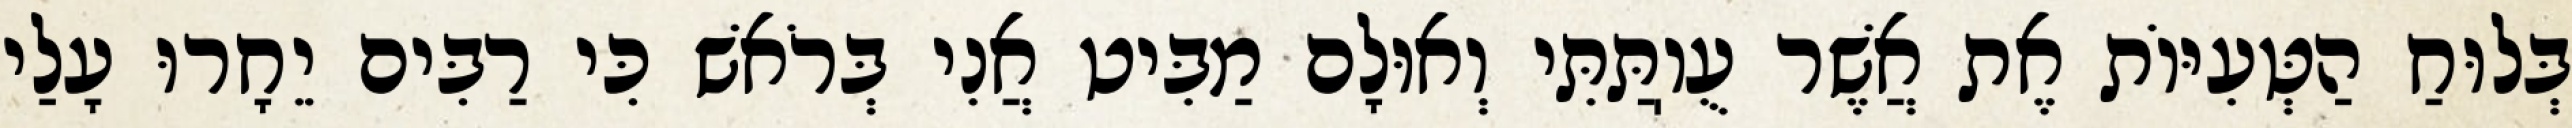
בְּלוּחַ הַטְּעִיּוֹת אֶת אֲשֶׁר עֻוֽתַּתִּי וְאוּלָם מַבִּיט אֲנִי בְּרֹאשׁ כִּי רַבִּים יֵחָרוּ עָלַי